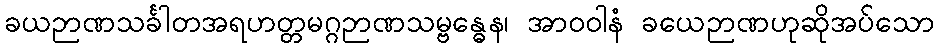
ခယဉာဏသင်္ခါတအရဟတ္တမဂ္ဂဉာဏသမ္ဗန္ဓေန၊ အာဝဝါနံ ခယေဉာဏဟုဆိုအပ်သော